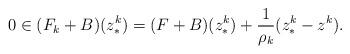
LaTeX: \begin{align*}0 \in(F_k+B)(z^k_*) = (F+B)(z^k_*)+\frac{1}{\rho_k}(z^k_*-z^k). \end{align*}